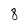
Character: 8